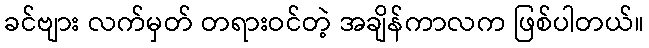
ခင်ဗျား လက်မှတ် တရားဝင်တဲ့ အချိန်ကာလက ဖြစ်ပါတယ်။